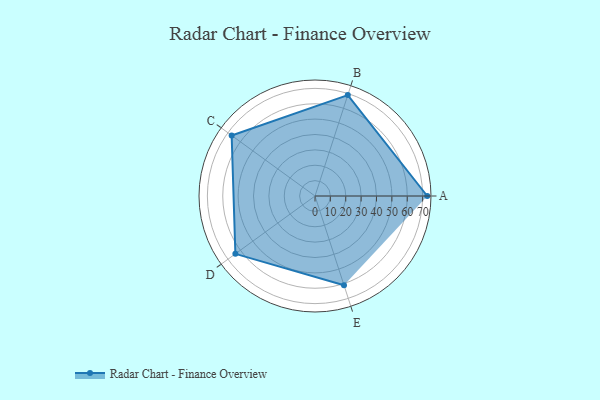
{"axis": {"x": "Skill", "y": "Score"}, "legend": ["Profile"], "data": [{"x": "A", "y": 73.0, "type": "Profile"}, {"x": "B", "y": 69.0, "type": "Profile"}, {"x": "C", "y": 67.0, "type": "Profile"}, {"x": "D", "y": 64.0, "type": "Profile"}, {"x": "E", "y": 61.0, "type": "Profile"}]}